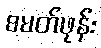
စမတ်ဖုန်း